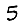
Digit: 5